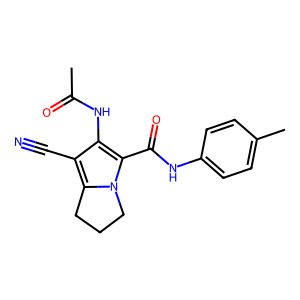
SMILES: CC(=O)Nc1c(C#N)c2n(c1C(=O)Nc1ccc(C)cc1)CCC2
Inhibits HIV replication: No